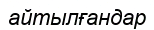
айтылғандар